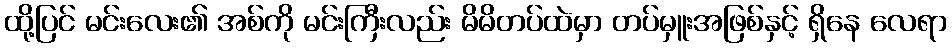
ထို့ပြင် မင်းလေး၏ အစ်ကို မင်းကြီးလည်း မိမိတပ်ထဲမှာ တပ်မှူးအဖြစ်နှင့် ရှိနေ လေရာ